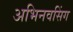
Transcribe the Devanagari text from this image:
अभिनवसिंग